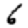
Digit: 6